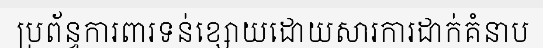
ប្រព័ន្ធការពារទន់ខ្សោយដោយសារការដាក់គំនាប